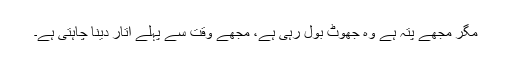
مگر مجھے پتہ ہے وہ جھوٹ بول رہی ہے، مجھے وقت سے پہلے اتار دینا چاہتی ہے۔